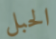
الحبل